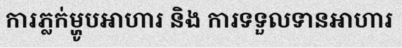
ការភ្លក់ម្ហូបអាហារ និង ការទទួលទានអាហារ